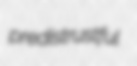
predistrustful